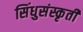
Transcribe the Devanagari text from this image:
सिंधुसंस्कृती